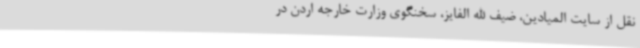
نقل از سایت المیادین، ضیف الله الفایز، سخنگوی وزارت خارجه اردن در